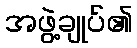
အဖွဲ့ချုပ်၏